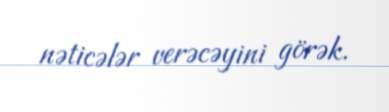
nəticələr verəcəyini görək.